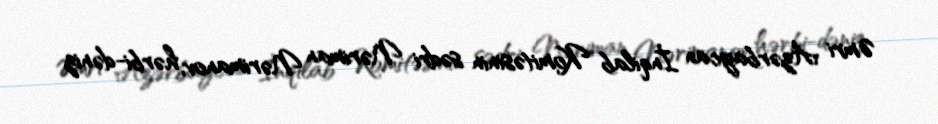
Əmri Azərbaycan İnqilab Komitəsinin sədri Nəriman Nərimanov, hərbi-dəniz